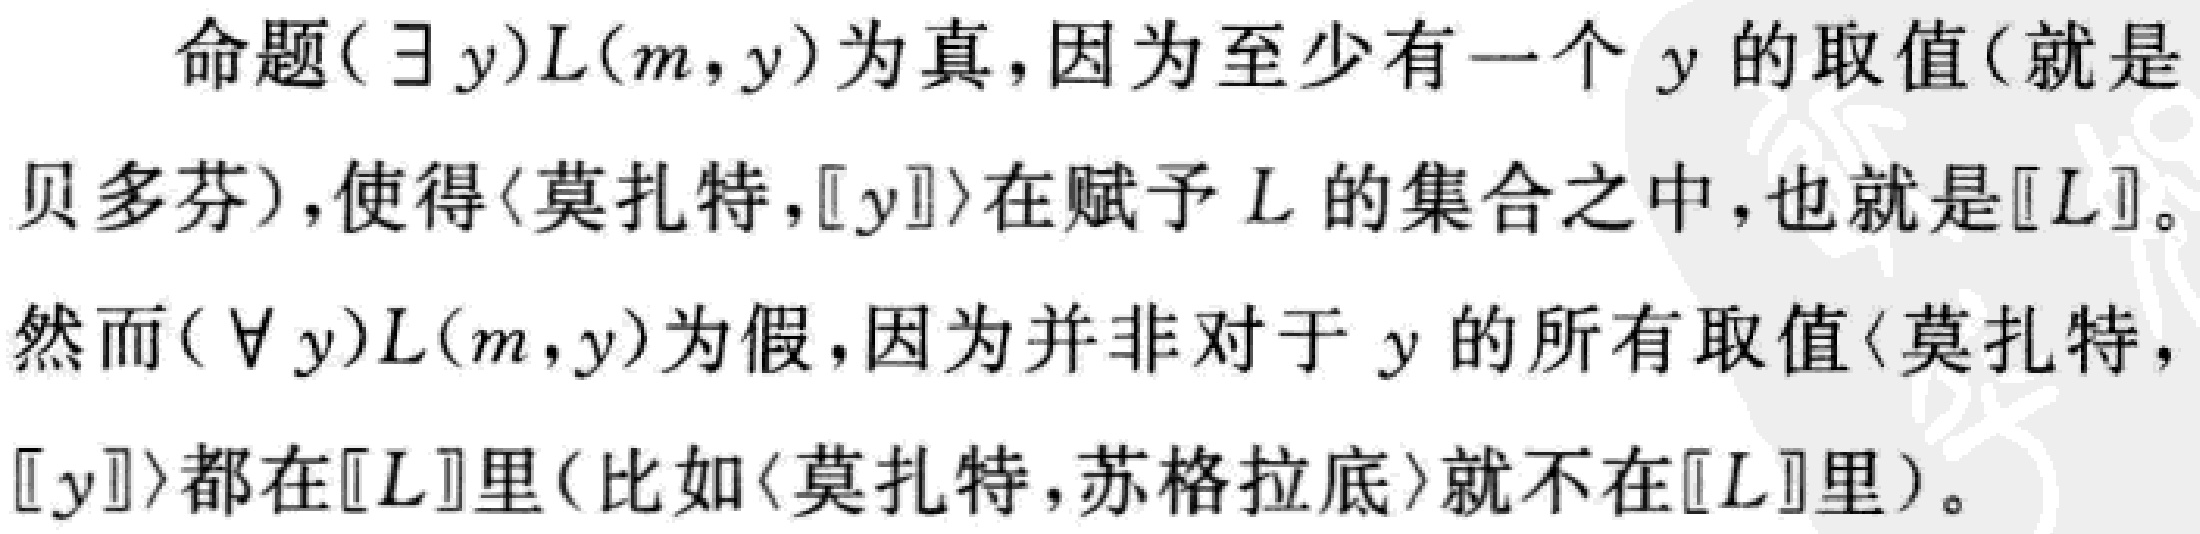
命题$(\exists y)L(m,y)$为真，因为至少有一个$y$的取值(就是贝多芬)，使得$\langle莫扎特,[y]\rangle$在赋予$L$的集合之中，也就是$\llbracket L\rrbracket$。
然而$(\forall y)L(m,y)$为假，因为并非对于$y$的所有取值$\langle莫扎特,[y]\rangle$都在$\llbracket L\rrbracket$里(比如$\langle莫扎特,苏格拉底\rangle$就不在$\llbracket L\rrbracket$里)。